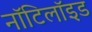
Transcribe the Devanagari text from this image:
नॉटिलॉइड